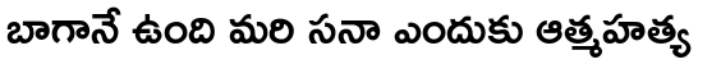
బాగానే ఉంది మరి సనా ఎందుకు ఆత్మహత్య